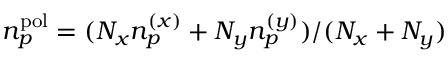
n _ { p } ^ { \mathrm { p o l } } = ( N _ { x } n _ { p } ^ { ( x ) } + N _ { y } n _ { p } ^ { ( y ) } ) / ( N _ { x } + N _ { y } )